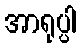
အာရုပ္ပါ